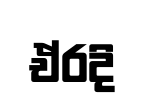
ඒරදි